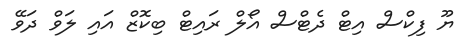
ޔޫ ފިކްސް އިޓް ދެޓްސް އޯލް ރައިޓް ބިކޮޒް އައި ލަވް ދަވޭ